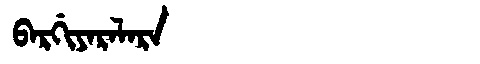
Manchu: ᠪᠠᡵᡤᡳᠶᠠᡵᠠᠯᠠᡵᠠ
Romanization: BARGIYARALARA